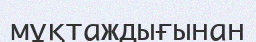
мұқтаждығынан